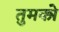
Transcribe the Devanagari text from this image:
तुमकोे